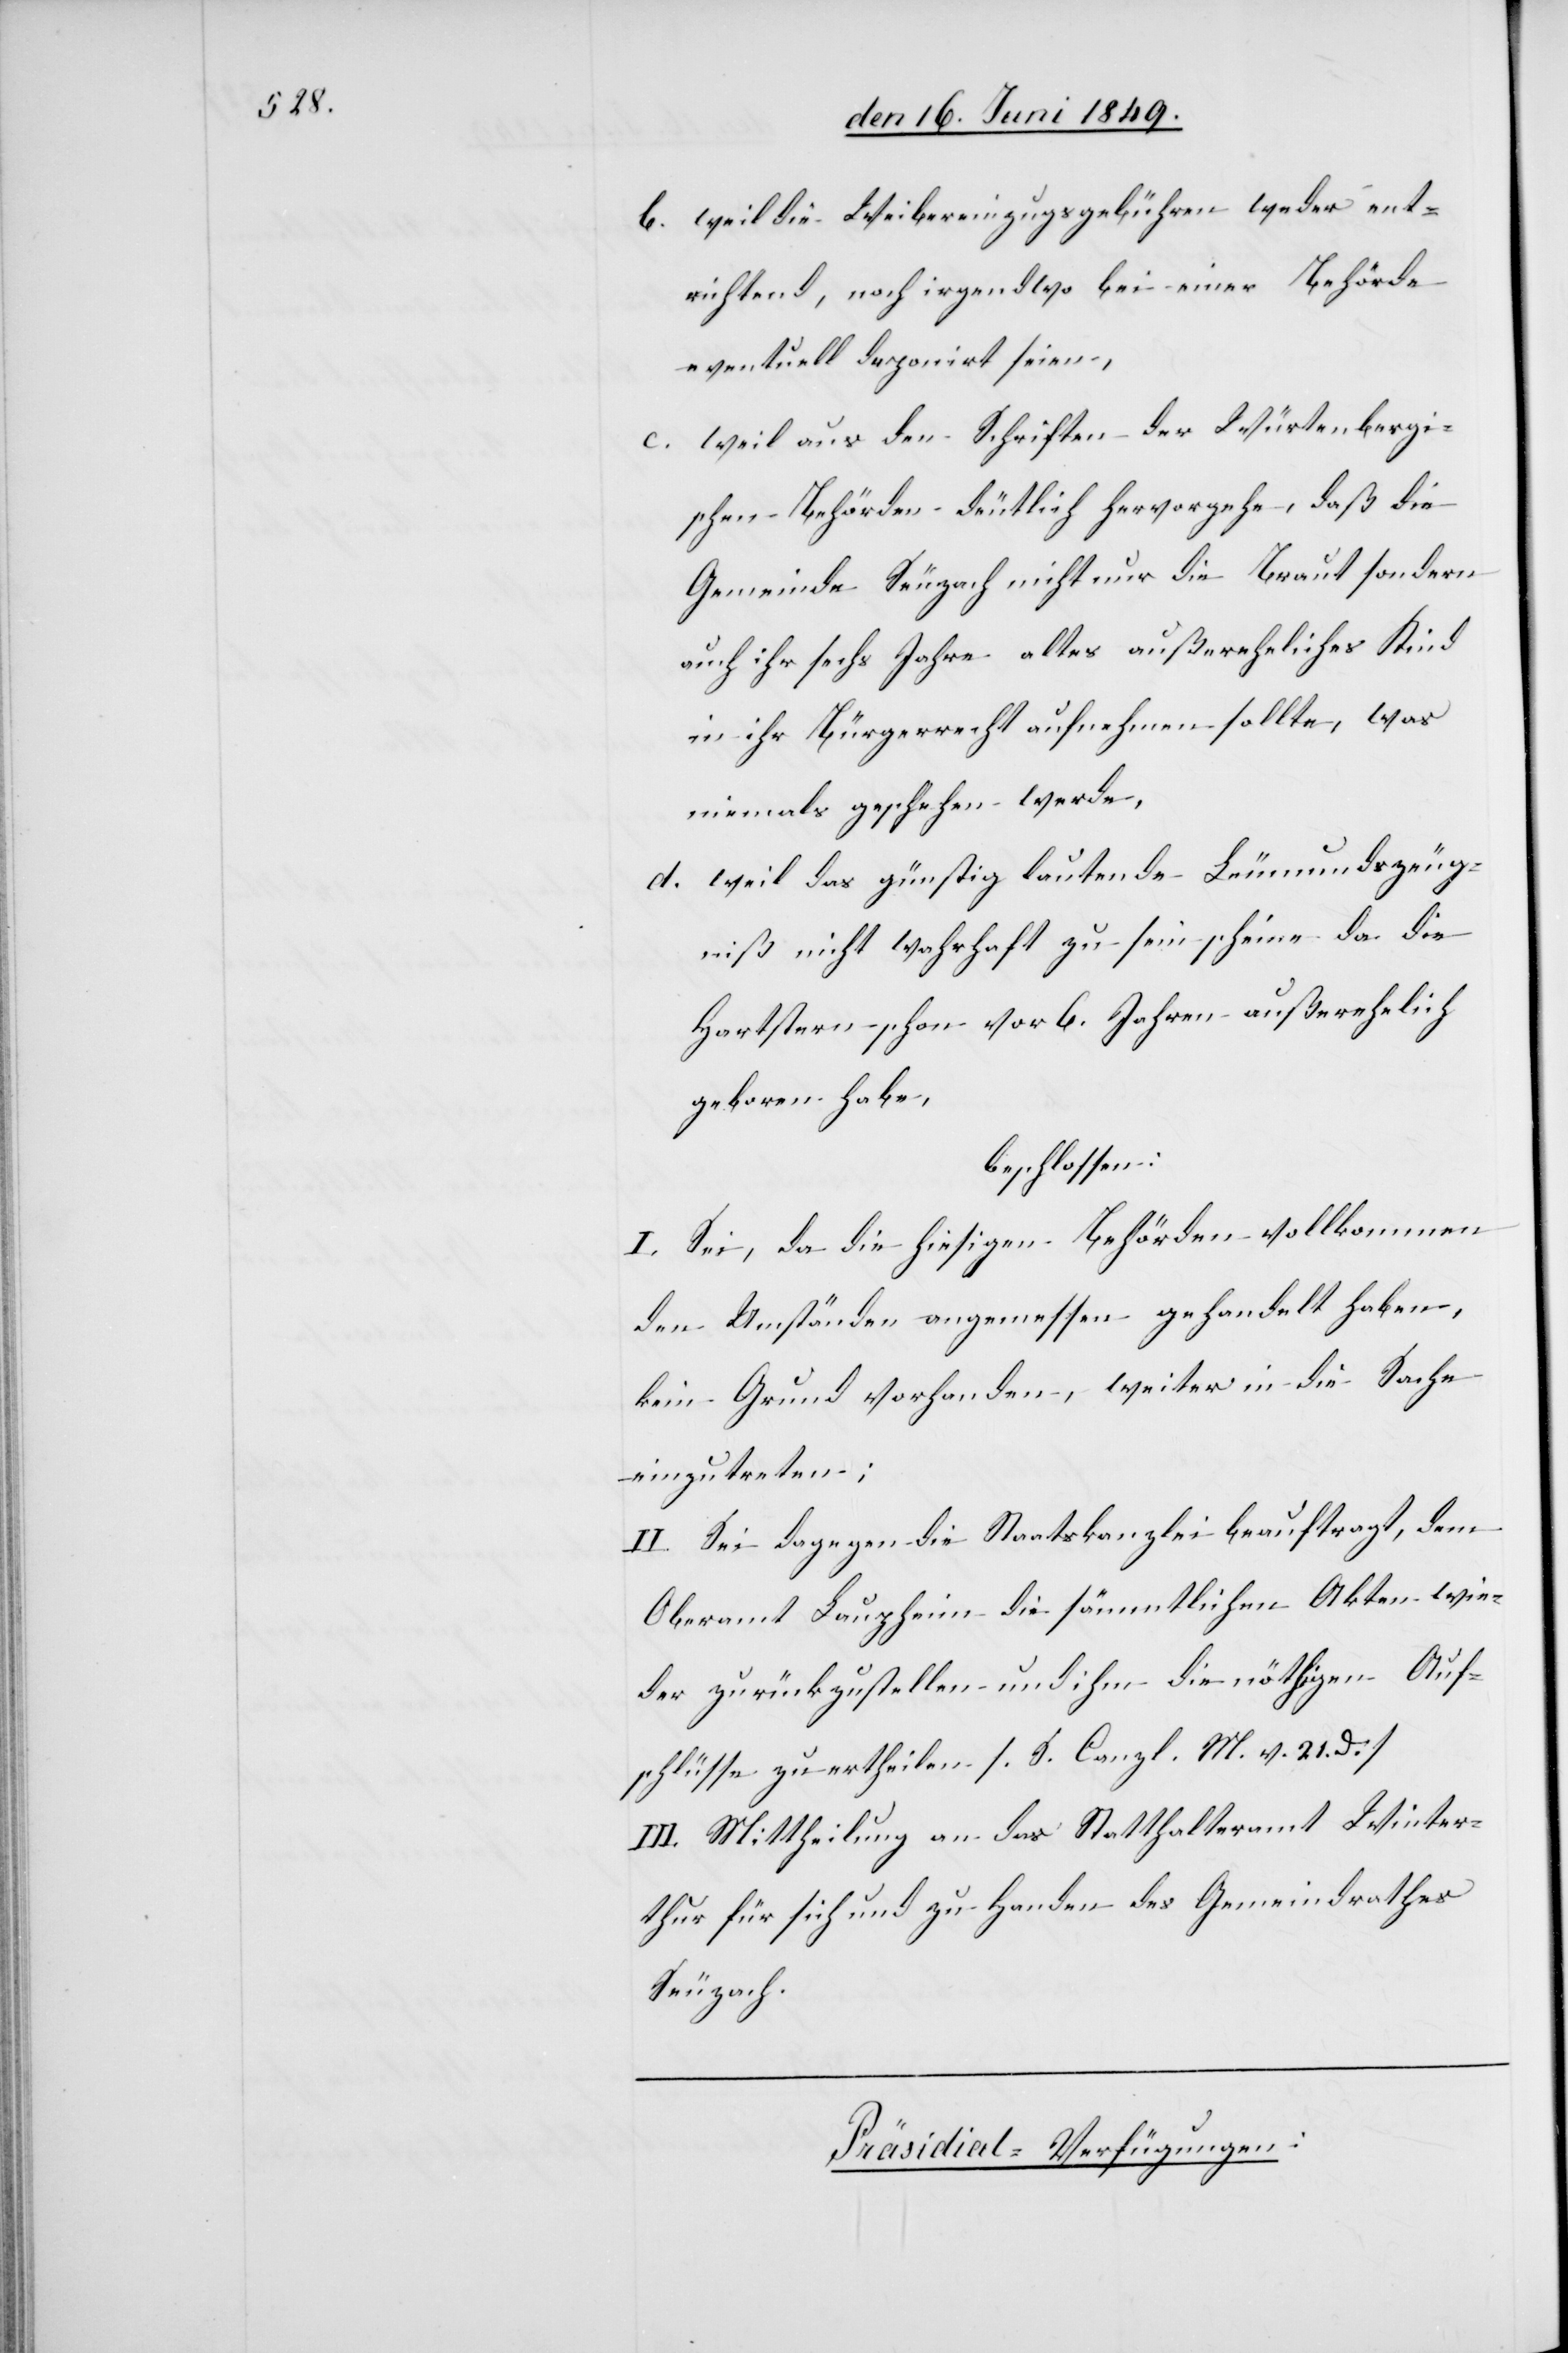
b. weil die Weibereinzugsgebühren weder ent¬
richtend, noch irgendwo bei einer Behörde
eventuell deponirt seien,
c. weil aus den Schriften der Würtembergi¬
schen Behörden deutlich hervorgehe, daß die
Gemeinde Seuzach nicht nur die Braut sondern
auch ihr sechs Jahre altes außereheliches Kind
in ihr Bürgerrecht aufnehmen sollte, was
niemals geschehen werde,
d. weil das günstig lautende Leumundszeug¬
niß nicht wahrhaft zu sein scheine da die
Hartstern schon vor 6. Jahren außerehelich
geboren habe.
beschlossen:
I. Sei, da die hiesigen Behörden vollkommen
den Umständen angemessen gehandelt haben,
kein Grund vorhanden, weiter in die Sache
einzutreten;
II. Sei dagegen die Staatskanzlei beauftragt, dem
Oberamt Lanzheim die sämmtlichen Akten wie¬
der zurückzustellen und ihm die nöthigen Auf¬
schlüsse zu ertheilen [f. S. Canzl. M. v. 21.d.]
III. Mittheilung an das Statthalteramt Winter¬
thur für sich und zu Handen des Gemeindrathes
Seuzach.
Präsidial-Verfügungen: